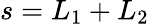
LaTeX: s=L_{1}+L_{2}